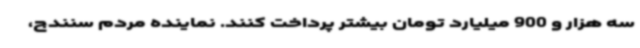
سه هزار و 900 میلیارد تومان بیشتر پرداخت کنند. نماینده مردم سنندج،